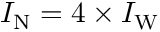
I _ { \mathrm { N } } = 4 \times I _ { \mathrm { W } }